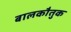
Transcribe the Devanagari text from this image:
बालकौतुक